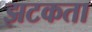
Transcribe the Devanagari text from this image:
झटकता